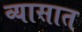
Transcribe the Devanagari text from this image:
व्यासात